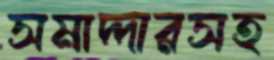
সমাদ্দারসহ